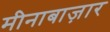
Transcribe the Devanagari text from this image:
मीनाबाज़ार